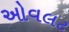
ઓવલટ